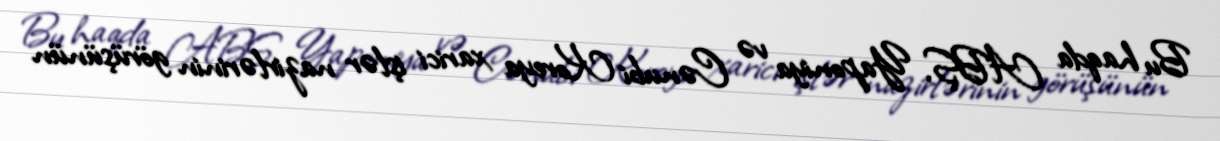
Bu haqda ABŞ, Yaponiya və Cənubi Koreya xarici işlər nazirlərinin görüşünün